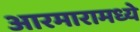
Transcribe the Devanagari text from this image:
आरमारामध्ये